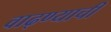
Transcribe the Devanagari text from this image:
वाढ्ण्याची